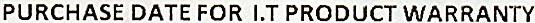
PURCHASE DATE FOR I.T PRODUCT WARRANTY